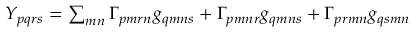
\begin{array} { r } { Y _ { p q r s } = \sum _ { m n } \Gamma _ { p m r n } g _ { q m n s } + \Gamma _ { p m n r } g _ { q m n s } + \Gamma _ { p r m n } g _ { q s m n } } \end{array}